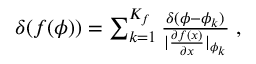
\begin{array} { r } { \delta ( f ( \phi ) ) = \sum _ { k = 1 } ^ { K _ { f } } \frac { \delta ( \phi - \phi _ { k } ) } { | \frac { \partial f ( x ) } { \partial x } \vert _ { \phi _ { k } } } \; , } \end{array}